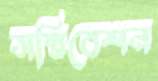
সন্নিবেশন